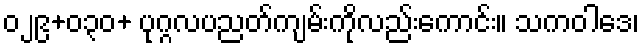
၀၂၉+၀၃၀+ ပုဂ္ဂလပညတ်ကျမ်းကိုလည်းကောင်း။ သကဝါဒေ၊